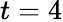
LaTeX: t=4